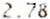
2.78